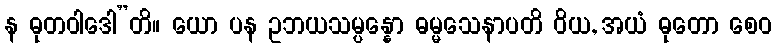
န ဓုတဝါဒေါ”တိ။ ယော ပန ဥဘယသမ္ပန္နော ဓမ္မသေနာပတိ ဝိယ, အယံ ဓုတော စေဝ